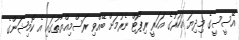
އޭސީސީގެ މިދިޔަ އަހަރުގެ އަހަރީ ރިޕޯޓް ނެރުމަށް ބޭއްވި ރަސްމިއްޔާތުގައި އެ ކޮމިޝަންގެ